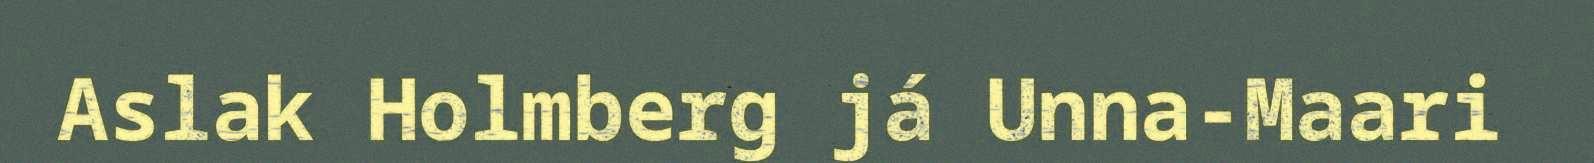
Aslak Holmberg já Unna-Maari